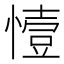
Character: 㦉